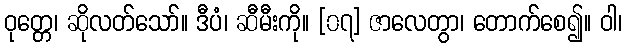
ဝုတ္တေ၊ ဆိုလတ်သော်။ ဒီပံ၊ ဆီမီးကို။ [၀၇] ဇာလေတွာ၊ တောက်စေ၍။ ဝါ၊